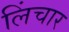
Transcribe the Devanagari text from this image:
लिंचार